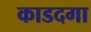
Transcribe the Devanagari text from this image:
काडदगा